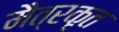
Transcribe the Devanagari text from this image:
मैत्रकृत